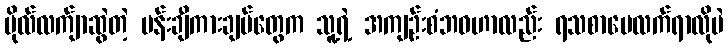
ဗိုလ်လက်ျာဆွဲတဲ့ ပန်းချီကားချပ်တွေက သူ့ရဲ့ အကျဉ်းစံဘဝဟာလည်း ရသစာပေလက်ရာလိုပဲ